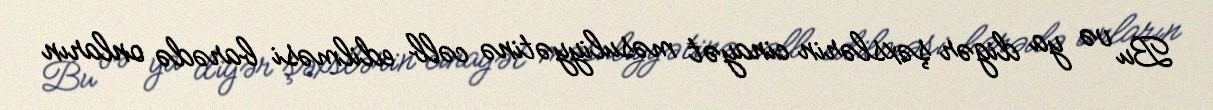
Bu və ya digər şəxslərin cinayət məsuliyyətinə cəlb edilməsi barədə onların